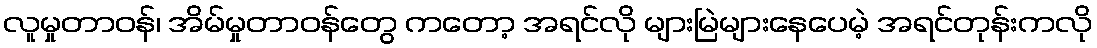
လူမှုတာဝန်၊ အိမ်မှုတာဝန်တွေ ကတော့ အရင်လို များမြဲများနေပေမဲ့ အရင်တုန်းကလို